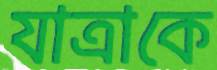
যাত্রাকে